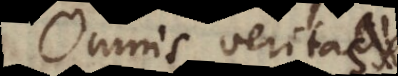
Omnis veritas